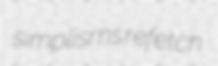
simplisms refetch